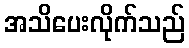
အသိပေးလိုက်သည်